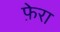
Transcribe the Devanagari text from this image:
फ़ेरा